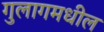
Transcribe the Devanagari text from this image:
गुलागमधील